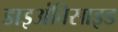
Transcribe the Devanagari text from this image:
डाइअंविसाइड